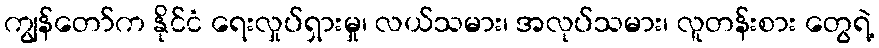
ကျွန်တော်က နိုင်ငံ ရေးလှုပ်ရှားမှု၊ လယ်သမား၊ အလုပ်သမား၊ လူတန်းစား တွေရဲ့